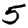
Digit: 5